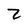
Character: Z